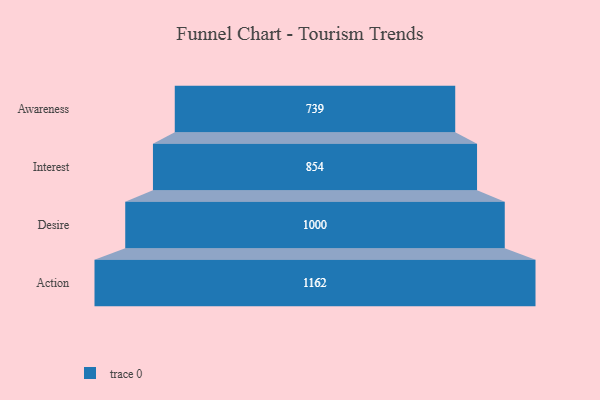
{"axis": {"x": "Stage", "y": "Value"}, "legend": [""], "data": [{"x": "Awareness", "y": 739.0, "type": ""}, {"x": "Interest", "y": 854.0, "type": ""}, {"x": "Desire", "y": 1000.0, "type": ""}, {"x": "Action", "y": 1162.0, "type": ""}]}